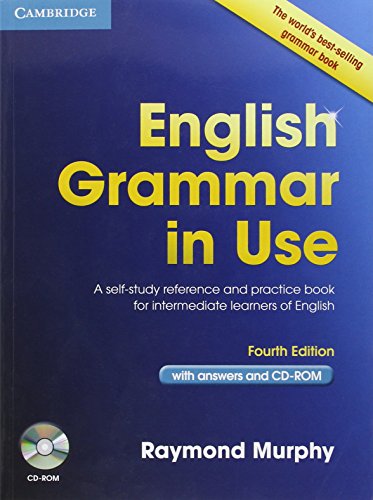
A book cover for English Grammar in Use with Answers and CD-ROM: A Self-Study Reference and Practice Book for Intermediate Learners of English; Raymond Murphy; Reference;